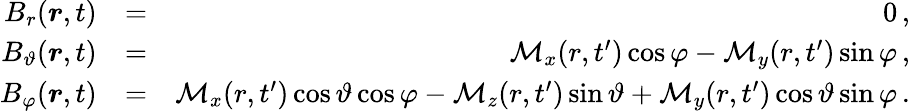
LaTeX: \begin{array}{rlr}{B_{r}(\boldsymbol{r},t)}&{=}&{0\, ,}\\ {B_{\vartheta}(\boldsymbol{r},t)}&{=}&{\mathcal{M}_{x}(r,t^{\prime})\cos\varphi-\mathcal{M}_{y}(r,t^{\prime})\sin\varphi\, ,}\\ {B_{\varphi}(\boldsymbol{r},t)}&{=}&{\mathcal{M}_{x}(r,t^{\prime})\cos\vartheta\cos\varphi-\mathcal{M}_{z}(r,t^{\prime})\sin\vartheta+\mathcal{M}_{y}(r,t^{\prime})\cos\vartheta\sin\varphi\, .}\end{array}